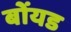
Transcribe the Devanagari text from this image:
बोंयड